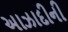
અાઝાદીની